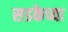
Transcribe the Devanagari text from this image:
सडकेच्या